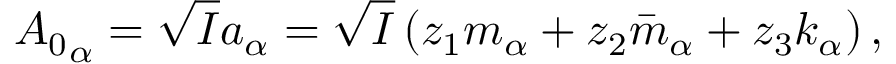
{ A _ { 0 } } _ { \alpha } = \sqrt { I } a _ { \alpha } = \sqrt { I } \left( z _ { 1 } m _ { \alpha } + z _ { 2 } \bar { m } _ { \alpha } + z _ { 3 } k _ { \alpha } \right) ,